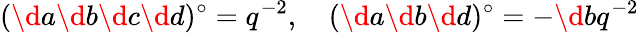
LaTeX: (\d a\d b\d c\d d)^{\circ}=q^{-2},\quad(\d a\d b\d d)^{\circ}=-\d bq^{-2}